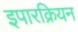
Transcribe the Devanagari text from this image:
इपारक्रियन